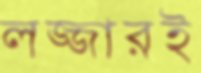
লজ্জারই